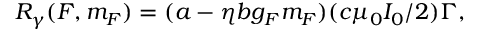
R _ { \gamma } ( F , m _ { F } ) = ( a - \eta b g _ { F } m _ { F } ) ( c \mu _ { 0 } I _ { 0 } / 2 ) \Gamma ,